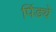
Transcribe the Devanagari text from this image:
पिंड्ये